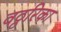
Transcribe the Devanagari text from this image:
वठ्ठरिका